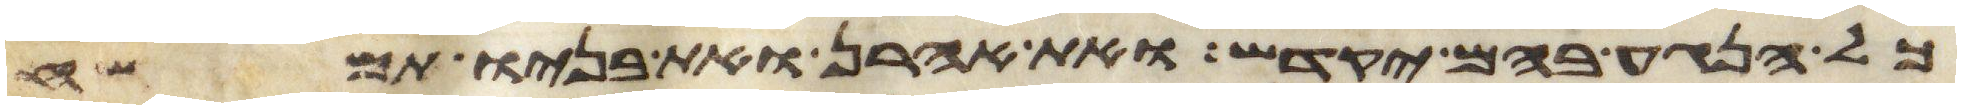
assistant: כל הנגע בהם יקדש ואת אהרן ואת בניו תמשח